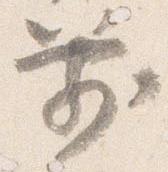
箭